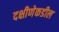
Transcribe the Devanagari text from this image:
दक्षीणेकडील